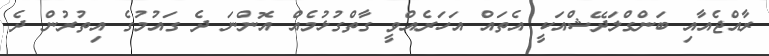
ރާއްޖެއާއި ބަންގްލަދޭޝްއަކީ އެތައް އަހަރެއްވީ ގާތްގުޅުމެއް އޮންނަ ދެ ގައުމުގެ އިތުރުން ދެ